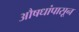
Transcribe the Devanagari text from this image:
औषधांपासून